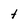
Character: t